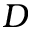
D